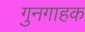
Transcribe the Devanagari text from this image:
गुनगाहक